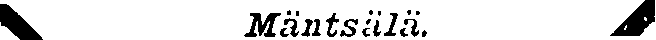
# Mäntsälä #